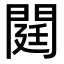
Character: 閮